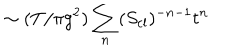
\sim ( T / \pi g ^ { 2 } ) \sum _ { n } ( S _ { \mathrm { c l } } ) ^ { - n - 1 } t ^ { n }